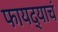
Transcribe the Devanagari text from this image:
फायद्याचं